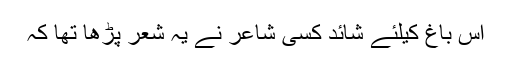
اس باغ کیلئے شائد کسی شاعر نے یہ شعر پڑھا تھا کہ